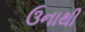
ઉનાથી